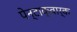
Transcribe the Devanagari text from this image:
पेन्टाक्वार्क